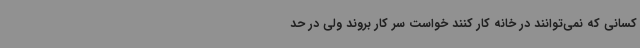
کسانی که نمی‌توانند در خانه کار کنند خواست سر کار بروند ولی در حد